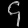
Digit: ၄